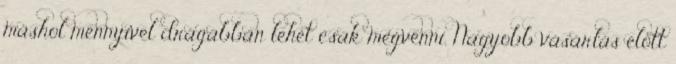
máshol mennyivel drágábban lehet csak megvenni. Nagyobb vásárlás előtt